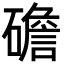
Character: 䃫